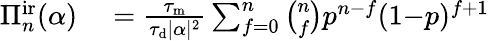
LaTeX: \begin{array}{rl}{\Pi_{n}^{\mathrm{ir}}(\alpha)}&{{}=\frac{\tau_{\mathrm{m}}}{\tau_{\mathrm{d}}|\alpha|^{2}}\sum_{f=0}^{n}\binom{n}{f}p^{n-f}(1{-}p)^{f+1}}\end{array}